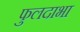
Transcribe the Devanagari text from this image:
फुलदाभा